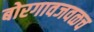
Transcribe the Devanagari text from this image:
बोरगावजवळच